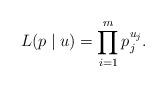
LaTeX: \begin{align*}L(p\mid u) = \prod_{i=1}^m p_j^{u_j}.\end{align*}